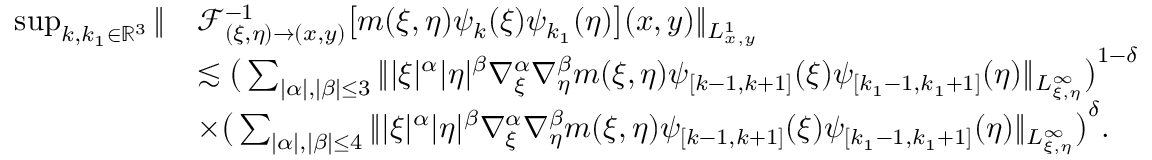
\begin{array} { r l } { \operatorname* { s u p } _ { k , k _ { 1 } \in \mathbb { R } ^ { 3 } } \| } & { \mathcal { F } _ { ( \xi , \eta ) \rightarrow ( x , y ) } ^ { - 1 } \big [ m ( \xi , \eta ) \psi _ { k } ( \xi ) \psi _ { k _ { 1 } } ( \eta ) \big ] ( x , y ) \| _ { L _ { x , y } ^ { 1 } } } \\ & { \lesssim \big ( \sum _ { | \alpha | , | \beta | \leq 3 } \| | \xi | ^ { \alpha } | \eta | ^ { \beta } \nabla _ { \xi } ^ { \alpha } \nabla _ { \eta } ^ { \beta } m ( \xi , \eta ) \psi _ { [ k - 1 , k + 1 ] } ( \xi ) \psi _ { [ k _ { 1 } - 1 , k _ { 1 } + 1 ] } ( \eta ) \| _ { L _ { \xi , \eta } ^ { \infty } } \big ) ^ { 1 - \delta } } \\ & { \times \big ( \sum _ { | \alpha | , | \beta | \leq 4 } \| | \xi | ^ { \alpha } | \eta | ^ { \beta } \nabla _ { \xi } ^ { \alpha } \nabla _ { \eta } ^ { \beta } m ( \xi , \eta ) \psi _ { [ k - 1 , k + 1 ] } ( \xi ) \psi _ { [ k _ { 1 } - 1 , k _ { 1 } + 1 ] } ( \eta ) \| _ { L _ { \xi , \eta } ^ { \infty } } \big ) ^ { \delta } . } \end{array}